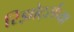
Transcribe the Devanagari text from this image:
रिझोर्ट्सच्या